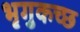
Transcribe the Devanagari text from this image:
भृगुकच्छ